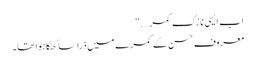
اب ایسی نازک کمر….‘‘
معروف حسن کے کمرے میں ذرا سا کھٹکا ہوا تھا۔